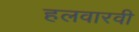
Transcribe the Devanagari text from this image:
हलवारवी